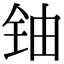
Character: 铀